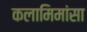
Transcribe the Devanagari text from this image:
कलामिमांसा